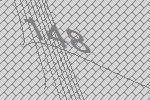
148